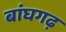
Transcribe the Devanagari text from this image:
बांघगढ़